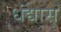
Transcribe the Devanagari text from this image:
धंद्यास